Indian journal of veterinary science and animal husbandry - Volumes 22-23, 1952-1953
Year: 1952
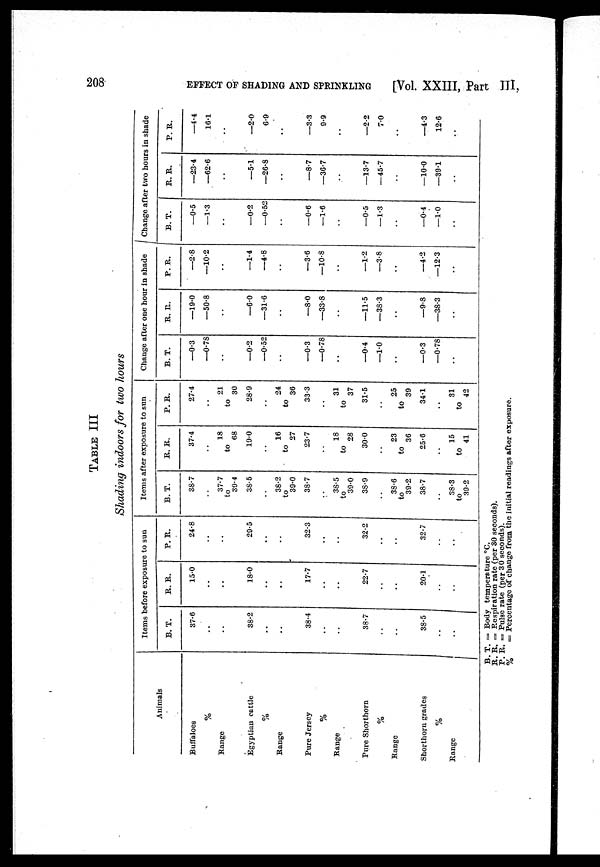
208
EFFECT OF SHADING AND SPRINKLING
[Vol. XXIII, Part III,
TABLE III
Shading indoors for two hours
Animals
Buffaloes
%
Range
Egyptian cattle
%
Range
Pure Jersey
%
Range
Pure Shorthorn
%
Range
Shorthorn grades
%
Range
Items before exposure to sun
B. T.
37.6
..
..
38.2
..
..
38.4
..
..
38.7
..
..
38.5
..
..
R. R.
15.0
..
..
18.0
..
..
17.7
..
..
22.7
..
..
20.1
..
..
P. R.
24.8
..
..
29.5
..
..
32.3
..
..
32.2
..
..
32.7
..
..
Items after exposure to sun
B. T.
38.7
..
37.7
to
30.4
38.5
..
38.2
to
39.0
38.7
..
38.5
to
39.0
38.9
..
38.6
to
39.2
38.7
..
38.3
to
39.2
R. R
37.4
..
18
to
68
19.0
..
16
to
27
23.7
..
18
to
28
30.0
..
23
to
36
25.6
..
15
to
41
P. R.
27.4
..
21
to
30
28.9
..
24
to
36
33.3
..
31
to
37
31.5
..
25
to
39
34.1
..
31
to
42
Change after one hour in shade
B. T.
—0.3
—0.78
..
—0.2
—0.52
..
—0.3
—0.78
..
—0.4
—1.0
..
—0.3
—0.78
..
R. R.
—19.0
—50.8
..
—6.0
—31.6
..
—8.0
—33.8
..
—11.5
—38.3
..
—9.8
—38.3
..
P. R.
—2.8
—10.2
..
—1.4
—4.8
..
—3.6
—10.8
..
—1.2
—3.8
..
—4.2
—12.3
..
Change after two hours in shade
B. T.
—0.5
—1.3
..
—0.2
—0.52
..
—0.6
—1.6
..
—0.5
—1.3
..
—0.4
—1.0
..
R. R.
—23.4
—62.6
..
—5.1
—26.8
..
—8.7
—36.7
..
—13.7
—45.7
..
—10.0
—39.1
..
P. R.
—4.4
16.1
..
—2.0
6.9
..
—3.3
9.9
..
2.2
7.0
..
—4.3
12.6
..
B. T. = Body temperature °C.
R. R. = Respiration rate (per 30 seconds).
P. R. = Pulse rate (per 30 seconds).
%
= Percentage of change from the initial readings after exposure.